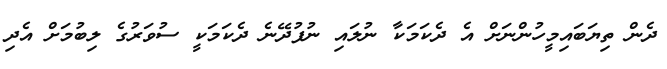
ދެން ތިޔަބައިމީހުންނަށް އެ ދެކަމަކާ ނުލައި ނުފުދޭނެ ދެކަމަކީ ސުވަރުގެ ލިބުމަށް އެދި